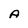
Character: A